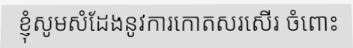
ខ្ញុំសូមសំដែងនូវការកោតសរសើរ ចំពោះ